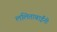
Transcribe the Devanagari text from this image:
ललिताबाईंनी